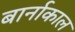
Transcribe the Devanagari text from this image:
बार्नाकाल